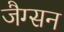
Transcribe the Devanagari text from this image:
जैग्सन